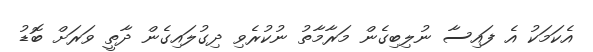
އެކަމަކު އެ ފައިސާ ނުލިބިގެން މަރާމާތު ނުކުރެވި ދިގުލައިގެން ދާތީ ވަރަށް ބޮޑު